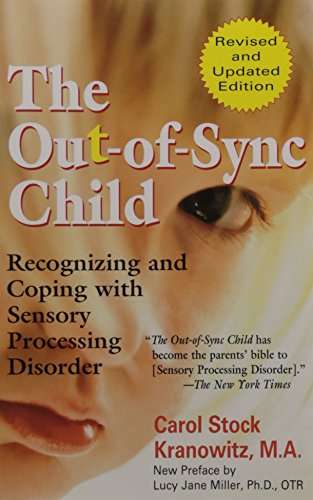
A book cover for The Out-of-Sync Child; Carol Kranowitz; Parenting & Relationships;